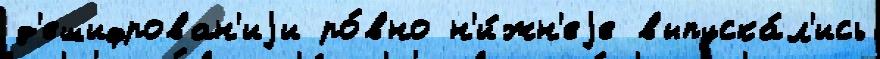
д'ешифрован'иjи ро́вно н'и́жн'еjе выпуска́л'ись